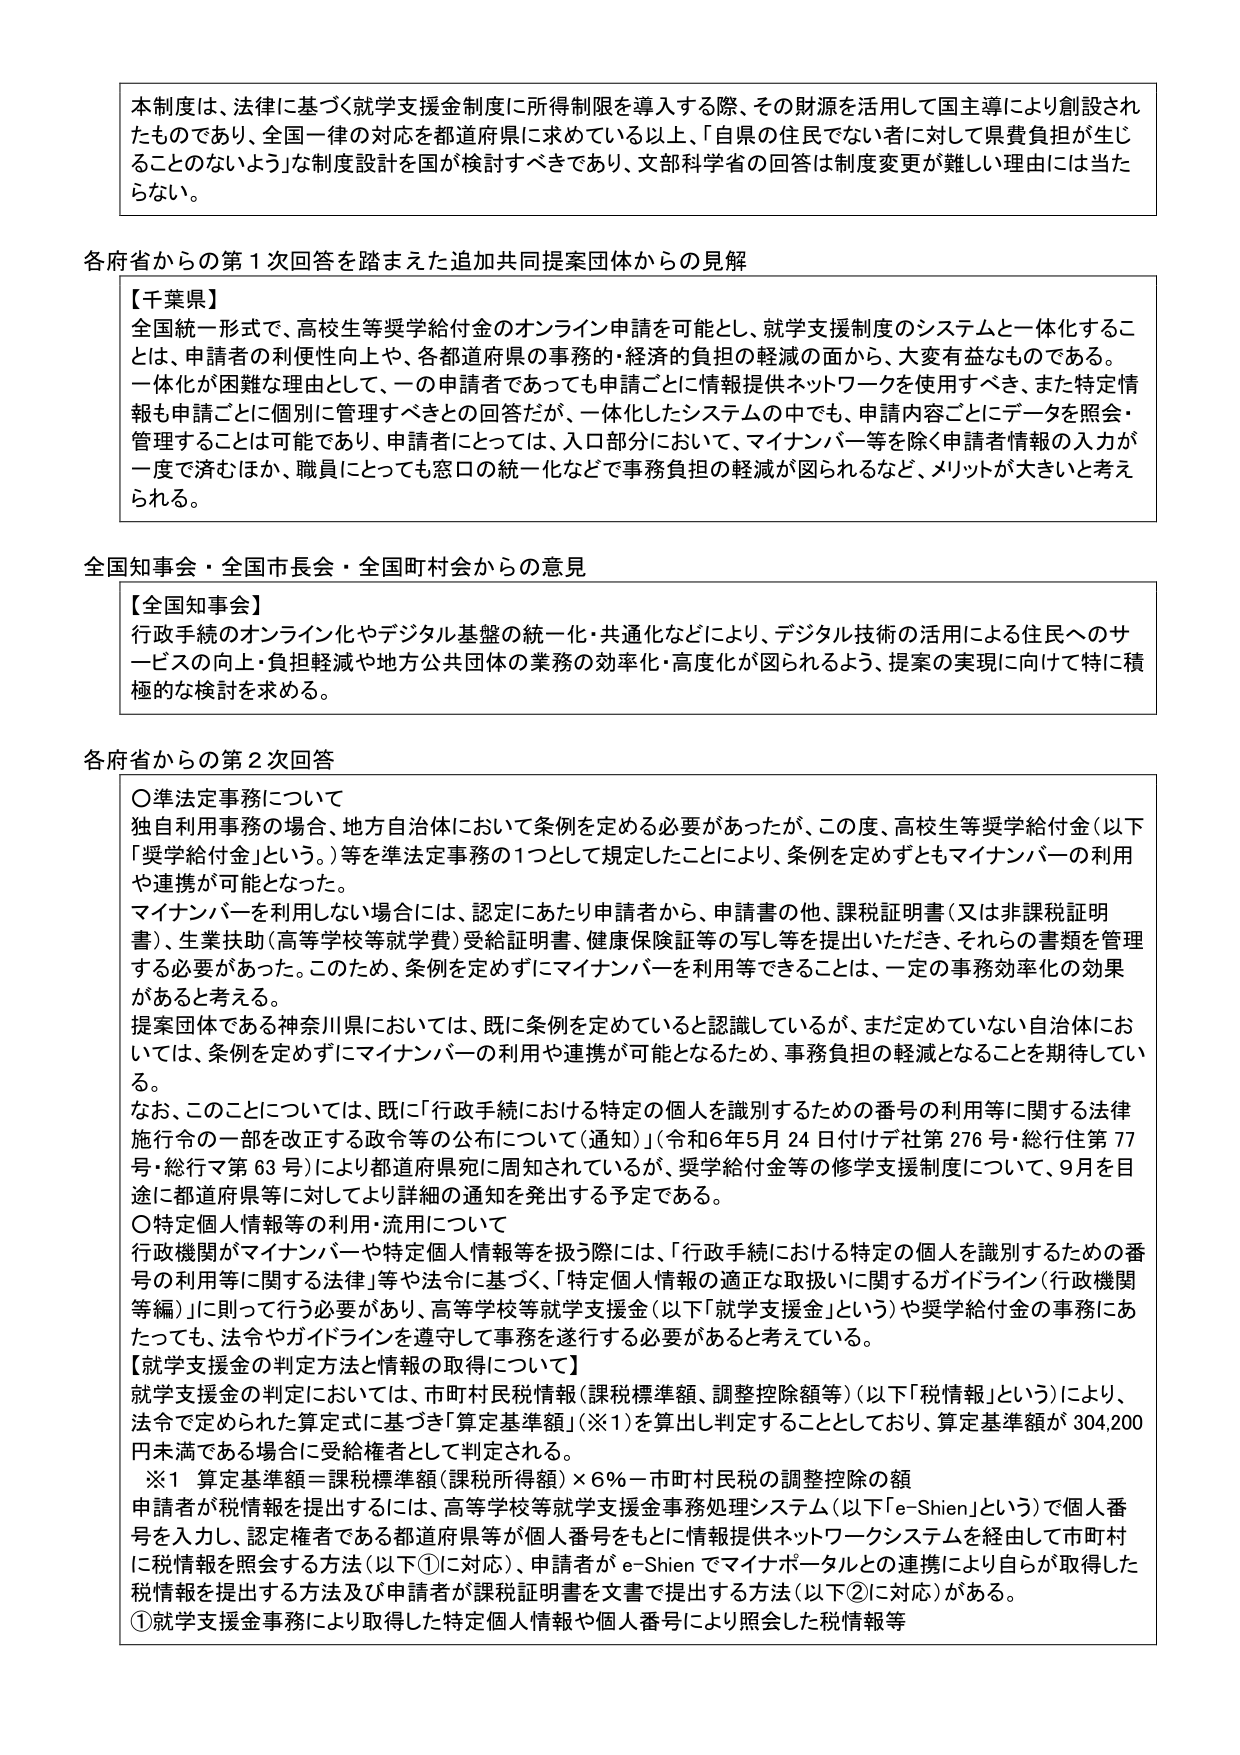
本制度は、法律に基づく就学支援金制度に所得制限を導入する際、その財源を活用して国主導により創設されたものであり、全国一律の対応を都道府県に求めている以上、「自県の住民でない者に対して県費負担が生じることのないよう」な制度設計を国が検討すべきであり、文部科学省の回答は制度変更が難しい理由には当たらない。

各府省からの第1次回答を踏まえた追加共同提案団体からの見解

【千葉県】
全国統一形式で、高校生等奨学給付金のオンライン申請を可能とし、就学支援制度のシステムと一体化することは、申請者の利便性向上や、各都道府県の事務的・経済的負担の軽減の面から、大変有益なものである。一体化が困難な理由として、一の申請者であっても申請ごとに情報提供ネットワークを使用すべき、また特定情報も申請ごとに個別に管理すべきとの回答だが、一体化したシステムの中でも、申請内容ごとにデータを照会・管理することは可能であり、申請者にとっては、入口部分において、マイナンバー等を除く申請者情報の入力が一度で済むほか、職員にとっても窓口の統一化などで事務負担の軽減が図られるなど、メリットが大きいと考えられる。

全国知事会・全国市長会・全国町村会からの意見

【全国知事会】
行政手続のオンライン化やデジタル基盤の統一・共通化などにより、デジタル技術の活用による住民へのサービスの向上・負担軽減や地方公共団体の業務の効率化・高度化が図られるよう、提案の実現に向けて特に積極的な検討を求める。

各府省からの第2次回答

〇準法定事務について
独自利用事務の場合、地方自治体において条例を定める必要があったが、この度、高校生等奨学給付金（以下「奨学給付金」という。）等を準法定事務の1つとして規定したことにより、条例を定めずともマイナンバーの利用や連携が可能となった。
マイナンバーを利用しない場合には、認定にあたり申請者から、申請書の他、課税証明書（又は非課税証明書）、生業扶助（高等学校等就学費）受給証明書、健康保険証等の写し等を提出いただき、それらの書類を管理する必要があった。このため、条例を定めずにマイナンバーを利用等できることは、一定の事務効率化の効果があると考える。
提案団体である神奈川県においては、既に条例を定めていると認識しているが、まだ定めていない自治体においては、条例を定めずにマイナンバーの利用や連携が可能となるため、事務負担の軽減となることを期待している。
なお、このことについては、既に「行政手続における特定の個人を識別するための番号の利用等に関する法律施行令の一部を改正する政令等の公布について（通知）」（令和6年5月24日付けデ社第276号・総行住第77号・総行マ第63号）により都道府県宛に周知されているが、奨学給付金等の修学支援制度について、9月を目途に都道府県等に対してより詳細の通知を発出する予定である。

〇特定個人情報等の利用・流用について
行政機関がマイナンバーや特定個人情報等を扱う際には、「行政手続における特定の個人を識別するための番号の利用等に関する法律」等や法令に基づく、「特定個人情報の適正な取扱いに関するガイドライン（行政機関等編）」に則って行う必要があり、高等学校等就学支援金（以下「就学支援金」という）や奨学給付金の事務にあたっても、法令やガイドラインを遵守して事務を遂行する必要があると考えている。

【就学支援金の判定方法と情報の取得について】
就学支援金の判定においては、市町村民税情報（課税標準額、調整控除額等）（以下「税情報」という）により、法令で定められた算定式に基づき「算定基準額」（※1）を算出し判定することとしており、算定基準額が304,200円未満である場合に受給権者として判定される。

※1 算定基準額＝課税標準額（課税所得額）×6％－市町村民税の調整控除の額

申請者が税情報を提出するには、高等学校等就学支援金事務処理システム（以下「e-Shien」という）で個人番号を入力し、認定権者である都道府県等が個人番号をもとに情報提供ネットワークシステムを経由して市町村に税情報を照会する方法（以下①に対応）、申請者がe-Shienでマイナポータルとの連携により自らが取得した税情報を提出する方法及び申請者が課税証明書を文書で提出する方法（以下②に対応）がある。

①就学支援金事務により取得した特定個人情報や個人番号により照会した税情報等